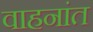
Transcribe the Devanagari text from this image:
वाहनांत